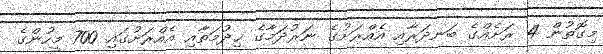
މިގޮތުން 4 ރަށެއްގެ ބަނދަރާއި އެއްރަށުގެ ނަރުދަމާގެ ޚިދުމަތާއި އެއްރަށުގައި 700 މީހުންގެ